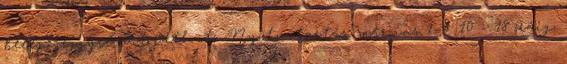
belépőjeggyel látogatható. Nyitvatartás: március 1–3. 10 – 18 óráig;